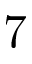
7